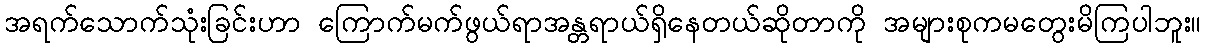
အရက်သောက်သုံးခြင်းဟာ ကြောက်မက်ဖွယ်ရာအန္တရာယ်ရှိနေတယ်ဆိုတာကို အများစုကမတွေးမိကြပါဘူး။